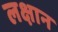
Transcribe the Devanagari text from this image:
लक्षान